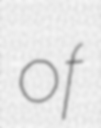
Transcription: of